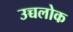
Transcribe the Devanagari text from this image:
उच्चलोक